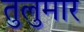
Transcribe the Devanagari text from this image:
तुलुमार